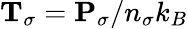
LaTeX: {\mathbf T}_{\sigma}={\mathbf P}_{\sigma}/n_{\sigma}k_{B}